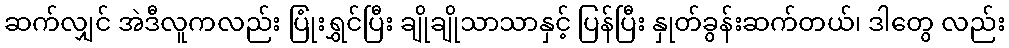
ဆက်လျှင် အဲဒီလူကလည်း ပြုံးရွှင်ပြီး ချိုချိုသာသာနှင့် ပြန်ပြီး နှုတ်ခွန်းဆက်တယ်၊ ဒါတွေ လည်း